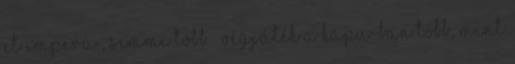
et impera”, semmi több.” Végjáték a KAPU-ban Több, mint